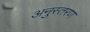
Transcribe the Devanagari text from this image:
अनुस्तरण